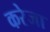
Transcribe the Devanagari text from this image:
करेजा